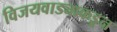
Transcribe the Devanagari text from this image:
विजयवाड्याकडून